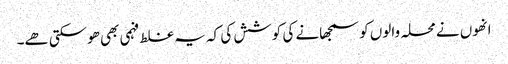
انھوں نے محلہ والوں کو سمجھانے کی کوشش کی کہ یہ غلط فہمی بھی ھوسکتی ھے۔